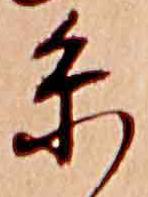
糸